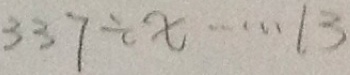
3 3 7 \div x \cdots 1 3